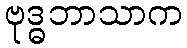
ဗုဒ္ဓဘာသာက